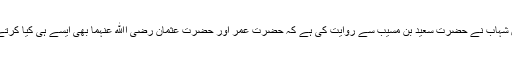
امام ابن شہاب نے حضرت سعید بن مسیب سے روایت کی ہے کہ حضرت عمر اور حضرت عثمان رضی اﷲ عنہما بھی ایسے ہی کیا کرتے تھے۔